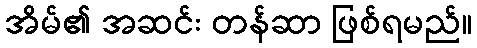
အိမ်၏ အဆင်း တန်ဆာ ဖြစ်ရမည်။